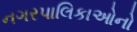
નગરપાલિકાઓનો